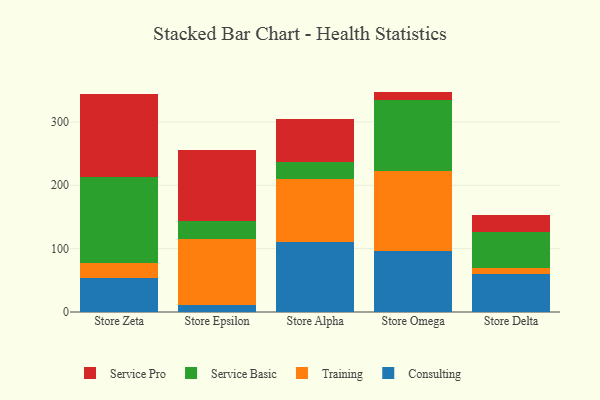
{"axis": {"x": "Store", "y": "Inventory Turnover"}, "legend": ["Consulting", "Service Basic", "Service Pro", "Training"], "data": [{"x": "Store Zeta", "y": 53.9, "type": "Consulting"}, {"x": "Store Zeta", "y": 23.6, "type": "Training"}, {"x": "Store Zeta", "y": 134.9, "type": "Service Basic"}, {"x": "Store Zeta", "y": 131.6, "type": "Service Pro"}, {"x": "Store Epsilon", "y": 11.1, "type": "Consulting"}, {"x": "Store Epsilon", "y": 103.4, "type": "Training"}, {"x": "Store Epsilon", "y": 29.5, "type": "Service Basic"}, {"x": "Store Epsilon", "y": 111.0, "type": "Service Pro"}, {"x": "Store Alpha", "y": 110.0, "type": "Consulting"}, {"x": "Store Alpha", "y": 100.6, "type": "Training"}, {"x": "Store Alpha", "y": 25.6, "type": "Service Basic"}, {"x": "Store Alpha", "y": 69.0, "type": "Service Pro"}, {"x": "Store Omega", "y": 96.6, "type": "Consulting"}, {"x": "Store Omega", "y": 126.1, "type": "Training"}, {"x": "Store Omega", "y": 112.3, "type": "Service Basic"}, {"x": "Store Omega", "y": 12.8, "type": "Service Pro"}, {"x": "Store Delta", "y": 59.2, "type": "Consulting"}, {"x": "Store Delta", "y": 10.1, "type": "Training"}, {"x": "Store Delta", "y": 56.6, "type": "Service Basic"}, {"x": "Store Delta", "y": 27.2, "type": "Service Pro"}]}